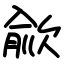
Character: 歈